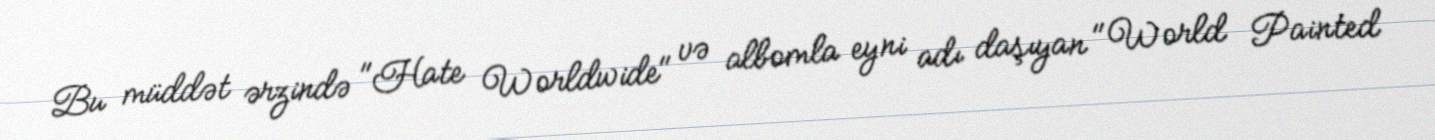
Bu müddət ərzində "Hate Worldwide" və albomla eyni adı daşıyan "World Painted